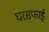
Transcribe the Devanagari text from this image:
घरसफाई